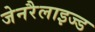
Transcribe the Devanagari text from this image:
जेनरैलाइज्ड